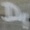
Text: D1